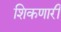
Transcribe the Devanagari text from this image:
शिकणारी